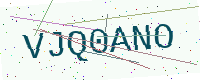
Text: VJQ0ANO